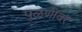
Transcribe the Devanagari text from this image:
पुळणींवर